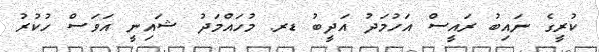
ކުރީގެ ނައިބު ރައީސް އަހުމަދު އަދީބު ޑރ. މުހައްމަދު ޝައިނީ އަވަސް ހުކުރު